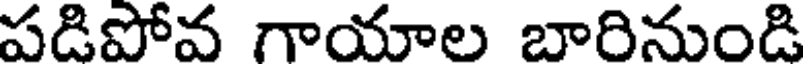
పడిపోవ గాయాల బారినుండి